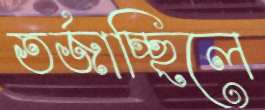
তর্জাচ্ছিলে